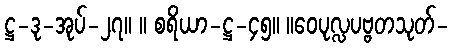
ဋ္ဌ-ဒု-အုပ်-၂၇။ ။ စရိယာ-ဋ္ဌ-၄၅။ ။ဝေပုလ္လပဗ္ဗတသုတ်-